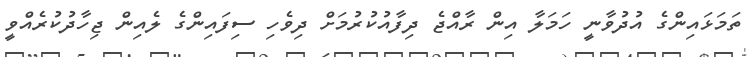
ތަމަޅައިންގެ އުދުވާނީ ހަމަލާ އިން ރާއްޖެ ދިފާއުކުރުމަށް ދިވެހި ސިފައިންގެ ލެއިން ޖިހާދުކުރެއްވީ